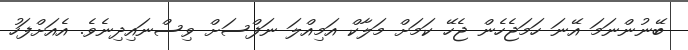
ބޭނުންނަމަ އޭނަ ހަމަޖެހެން ޖެހޭ ކަމަށް މަލާކް އަމިއްލަ ނަފްސަށް ވިސްނައިދިނެވެ. އެއަށްފަހު